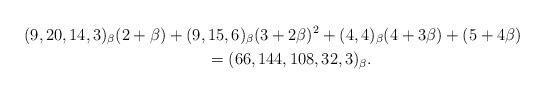
\begin{gather*}(9,20,14,3)_{\beta} (2+\beta)+(9,15,6)_{\beta} (3+2 \beta)^2+(4,4)_{\beta} (4+3 \beta)+ (5+ 4 \beta)\\\qquad{} =(66,144,108,32,3)_{\beta}.\end{gather*}